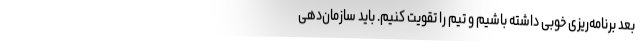
بعد برنامه‌ریزی خوبی داشته باشیم و تیم را تقویت کنیم. باید سازمان‌دهی